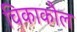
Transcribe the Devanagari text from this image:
चिकाकौल